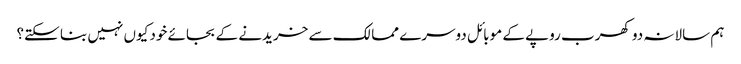
ہم سالانہ دو کھرب روپے کے موبائل دوسرے ممالک سے خریدنے کے بجائے خود کیوں نہیں بنا سکتے؟